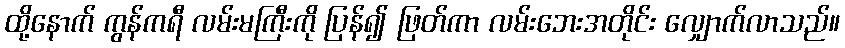
ထို့နောက် ကွန်ကရီ လမ်းမကြီးကို ပြန်၍ ဖြတ်ကာ လမ်းဘေးအတိုင်း လျှောက်လာသည်။